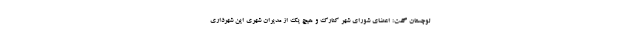
لوچستان گفت: اعضای شورای شهر کنارک و هیچ یک از مدیران شهری این شهرداری